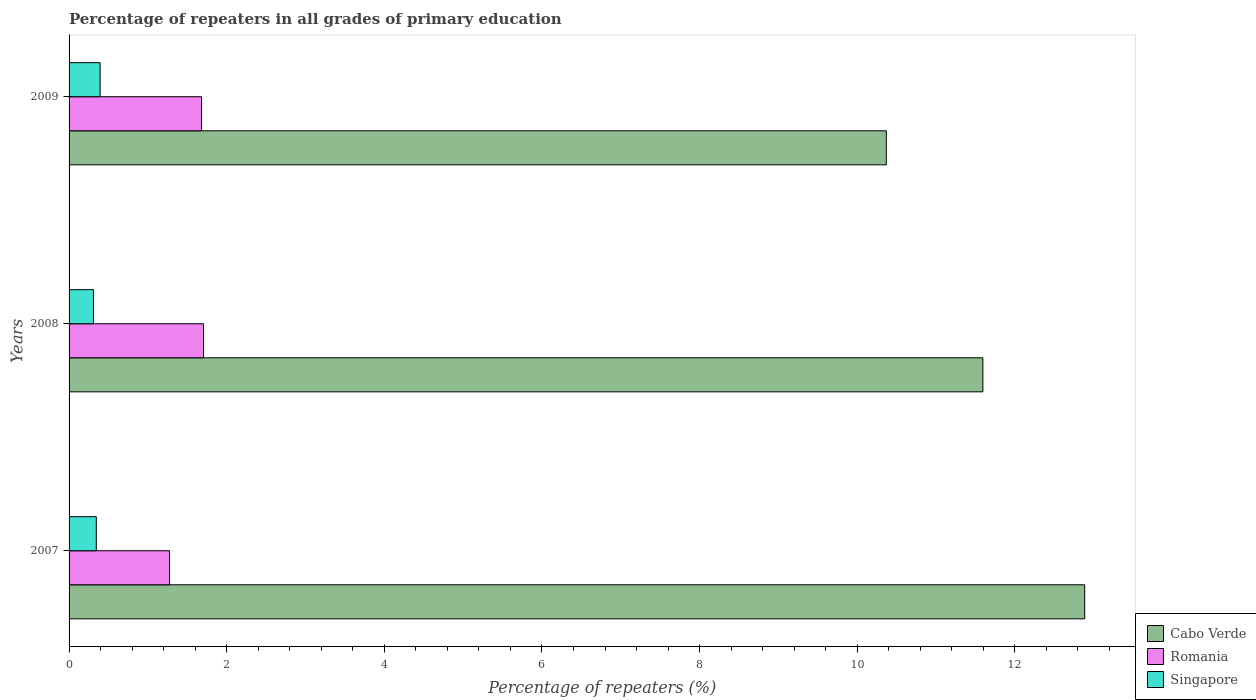
| Years | Cabo Verde | Romania | Singapore |
 | --- | --- | --- | --- |
 | 2007 | 12.9 | 1.27 | 0.345 |
 | 2008 | 11.6 | 1.71 | 0.31 |
 | 2009 | 10.4 | 1.68 | 0.394 |